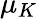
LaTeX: \mu_{K}